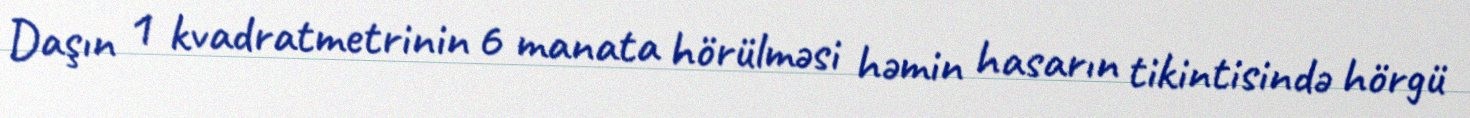
Daşın 1 kvadratmetrinin 6 manata hörülməsi həmin hasarın tikintisində hörgü